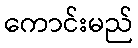
ကောင်းမည်